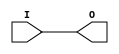
module BUFH (O, I);

    output O;

    input  I;


    buf B1 (O, I);

endmodule